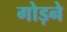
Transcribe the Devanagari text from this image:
गोड़ने